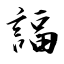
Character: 諨